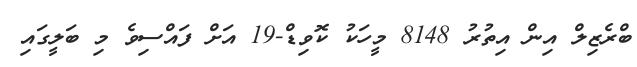
ބްރެޒިލް އިން އިތުރު 8148 މީހަކު ކޮވިޑް-19 އަށް ފައްސިވެ މި ބަލީގައި